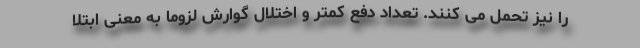
را نیز تحمل می کنند. تعداد دفع کمتر و اختلال گوارش لزوما به معنی ابتلا